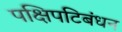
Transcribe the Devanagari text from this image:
पक्षिपटिबंधन